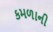
કમળાની